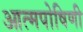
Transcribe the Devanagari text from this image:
आत्मपोषिणी